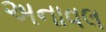
અનાવલ